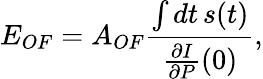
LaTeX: E_{OF}=A_{OF}\frac{\int\mathop{dt}s(t)}{\frac{\partial I}{\partial P}(0)},